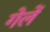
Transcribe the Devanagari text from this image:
गेलें